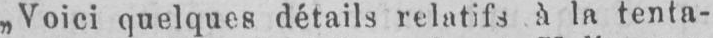
„Voici quelques détails relatifs à la tenta-